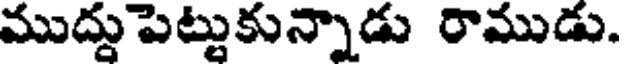
ముద్దుపెట్టుకున్నాడు రాముడు.